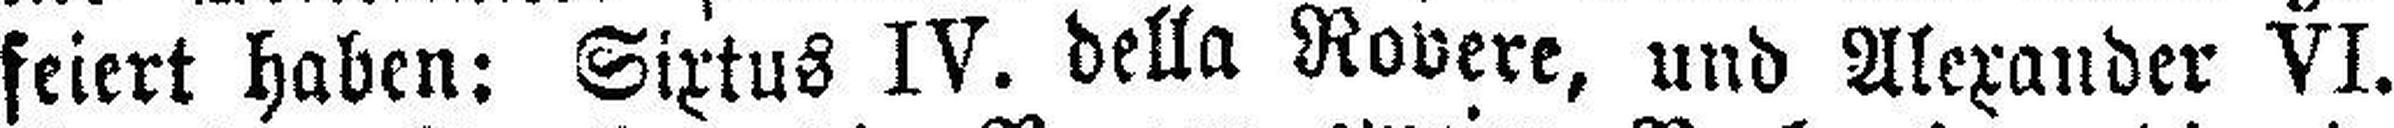
feiert haben: Sixtus IV. della Rovere, und Alexander VI.